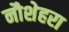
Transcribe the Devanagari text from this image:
नौशेहरा